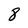
Character: 8